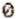
0